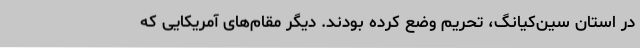
در استان سین‌کیانگ، تحریم وضع کرده بودند. دیگر مقام‌های آمریکایی که